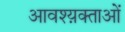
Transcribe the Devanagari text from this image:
आवश्य़क्ताओं